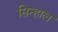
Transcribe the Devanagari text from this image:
सिन्हाल